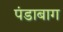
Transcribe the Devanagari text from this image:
पंडाबाग